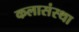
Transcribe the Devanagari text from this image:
कलासंस्था